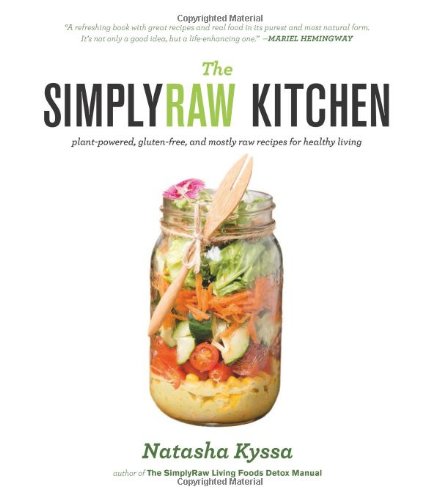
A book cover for The SimplyRaw Kitchen: Plant-Powered, Gluten-Free, and Mostly Raw Recipes for Healthy Living; Natasha Kyssa; Health, Fitness & Dieting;